Punjab Mental Hospital Lahore 1932-46 - 1932-1946
Year: 1932
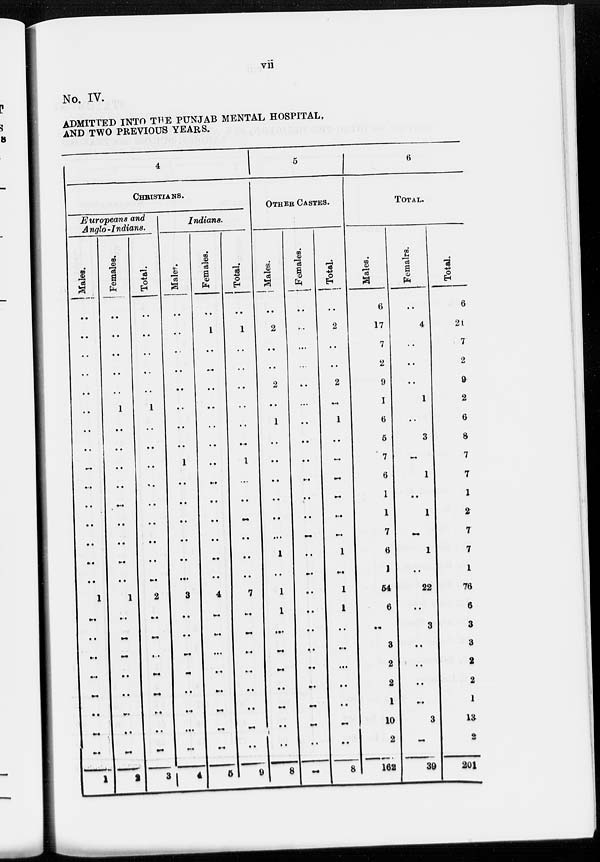
vii
No. IV.
ADMITTED INTO THE PUNJAB MENTAL HOSPITAL,
AND TWO PREVIOUS YEARS.
4
CHRISTIANS.
Europeans and
Anglo-Indians.
Males.
..
..
..
..
..
..
..
..
..
..
..
..
..
..
..
1
..
..
..
..
..
..
..
..
1
Females.
..
..
..
..
..
1
..
..
..
..
..
..
..
..
..
1
..
..
..
..
..
..
..
..
2
Total.
..
..
..
..
..
1
..
..
..
..
..
..
..
..
..
2
..
..
..
..
..
..
..
..
3
Indians.
Males.
..
..
..
..
..
..
..
..
1
..
..
..
..
..
..
3
..
..
..
..
..
..
..
..
4
Females.
..
1
..
..
..
..
..
..
..
..
..
..
..
..
..
4
..
..
..
..
..
..
..
..
5
Total.
..
1
..
..
..
..
..
..
1
..
..
..
..
..
..
7
..
..
..
..
..
..
..
..
9
5
OTHER CASTES.
Males.
..
2
..
..
2
..
1
..
..
..
..
..
..
1
..
1
1
..
..
..
..
..
..
..
8
Females.
..
..
..
..
..
..
..
..
..
..
..
..
..
..
..
..
..
..
..
..
..
..
..
..
..
Total.
..
2
..
..
2
..
1
..
..
..
..
..
..
1
..
1
1
..
..
..
..
..
..
..
8
6
TOTAL.
Males.
6
17
7
2
9
1
6
5
7
6
1
1
7
6
1
54
6
..
3
2
2
1
10
2
162
Females.
..
4
..
..
..
1
..
3
..
1
..
1
..
1
..
22
..
3
..
..
..
..
3
..
39
Total.
6
21
7
2
9
2
6
8
7
7
1
2
7
7
1
76
6
3
3
2
2
1
13
2
201